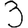
Digit: 3